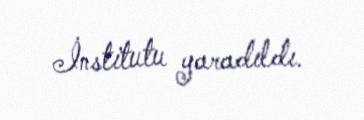
İnstitutu yaradıldı.